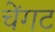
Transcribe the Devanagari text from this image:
चेंगट